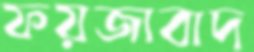
ফয়জাবাদ